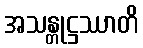
အသန္တုဋ္ဌဿာတိ